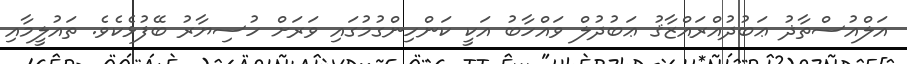
އަލްއުސްތާޛު ޢަބުދުއްރައްޒާޤު ޢަބުދުލް ވައްހާބު އަކީ ކަންހިންގުމުގައި ވަރަށް ހުސިޔާރު ބޭފުޅެކެވެ. ތައުލީމާއި